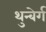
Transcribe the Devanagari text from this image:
थुन्बेर्ग